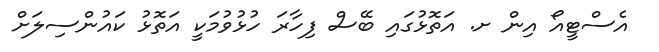
އެސްޓީއޯ އިން ށ. އަތޮޅުގައި ބޭސް ފިހާރަ ހުޅުވުމަކީ އަތޮޅު ކައުންސިލަށް